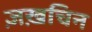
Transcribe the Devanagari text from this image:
ज़ख़चिन